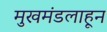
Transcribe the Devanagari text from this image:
मुखमंडलाहून